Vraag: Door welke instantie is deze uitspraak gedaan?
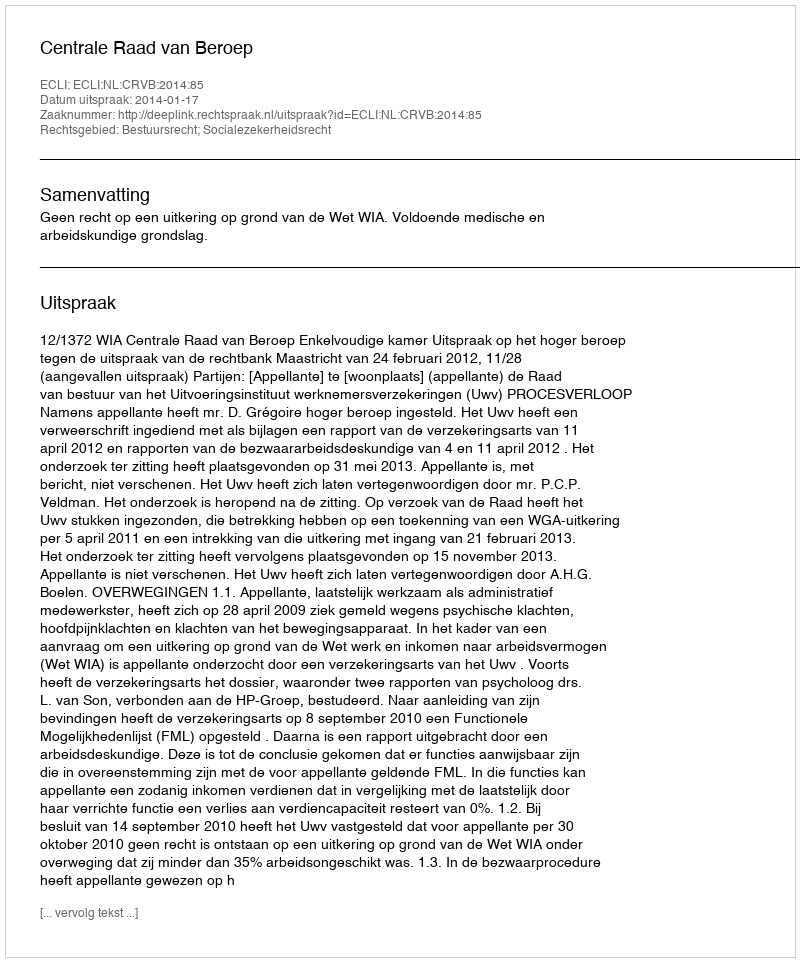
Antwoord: Centrale Raad van Beroep